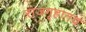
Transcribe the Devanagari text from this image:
राजगृहातच